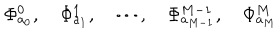
LaTeX: \Phi _ { a _ { 0 } } ^ { 0 } , \quad \Phi _ { a _ { 1 } } ^ { 1 } , \quad \cdots , \quad \Phi _ { a _ { M - 1 } } ^ { M - 1 } , \quad \Phi _ { a _ { M } } ^ { M }